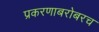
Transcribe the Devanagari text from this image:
प्रकरणाबरोबरच